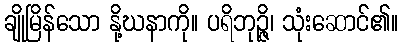
ချိုမြိန်သော နို့ဃနာကို။ ပရိဘုဉ္ဇိ၊ သုံးဆောင်၏။